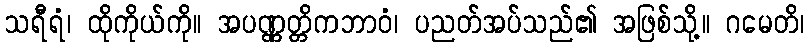
သရီရံ၊ ထိုကိုယ်ကို။ အပဏ္ဏတ္တိကဘာဝံ၊ ပညတ်အပ်သည်၏ အဖြစ်သို့။ ဂမေတိ၊